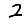
Digit: 2